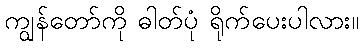
ကျွန်တော်ကို ဓါတ်ပုံ ရိုက်ပေးပါလား။